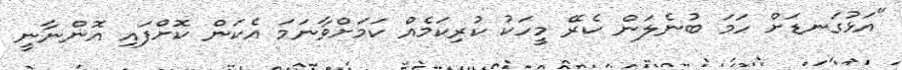
"އަޅުގަނޑަށް ހަމަ ބުނެލަން ކެރޭ މީހަކު ކުރިކަމެއް ކަމަށްވާނަމަ އެކަން ކޮށްފައި އޮންނާނީ